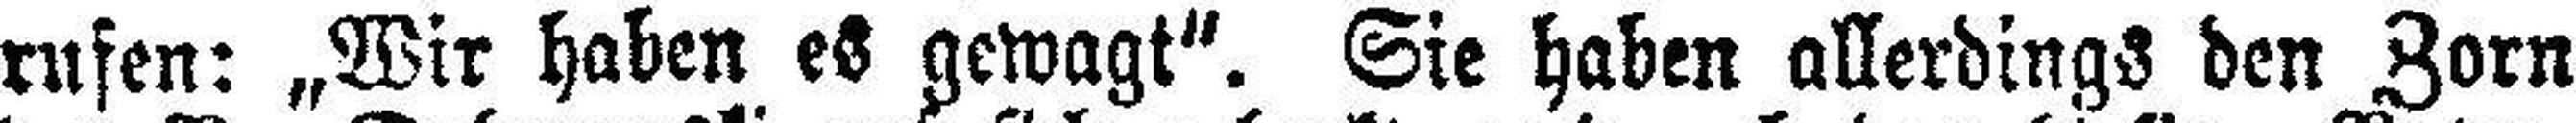
rufen: „Wir haben es gewagt“. Sie haben allerdings den Zorn